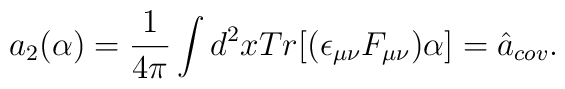
a_{2}(\alpha)=\frac{1}{4\pi}\int d^{2}xTr[(\epsilon_{\mu\nu}F_{\mu\nu})\alpha]=\hat{a}_{cov}.